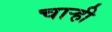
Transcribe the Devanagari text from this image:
चार्‍ही